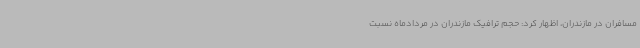
مسافران در مازندران، اظهار کرد: حجم ترافیک مازندران در مردادماه نسبت